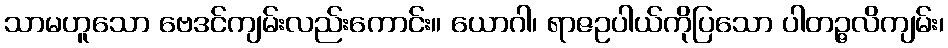
သာမဟူသော ဗေဒင်ကျမ်းလည်းကောင်း။ ယောဂါ၊ ရာဇဥပါယ်ကိုပြသော ပါတဉ္ဇလိကျမ်း၊